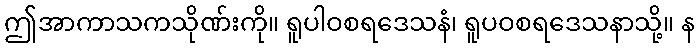
ဤအာကာသကသိုဏ်းကို။ ရူပါဝစရဒေသနံ၊ ရူပဝစရဒေသနာသို့။ န